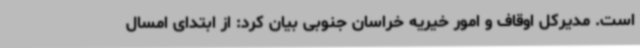
است. مدیرکل اوقاف و امور خیریه خراسان جنوبی بیان کرد: از ابتدای امسال